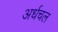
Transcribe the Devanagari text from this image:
अर्धचल